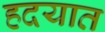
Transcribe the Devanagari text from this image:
हदयात